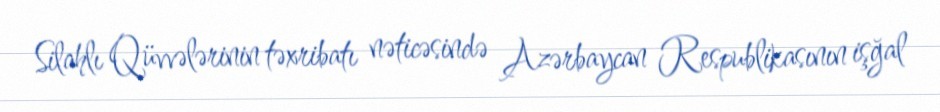
Silahlı Qüvvələrinin təxribatı nəticəsində Azərbaycan Respublikasının işğal